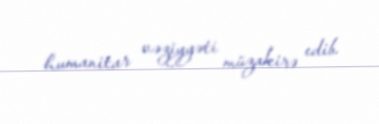
humanitar vəziyyəti müzakirə edib.